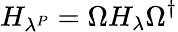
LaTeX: H_{\lambda^{P}}=\Omega H_{\lambda}\Omega^{\dagger}